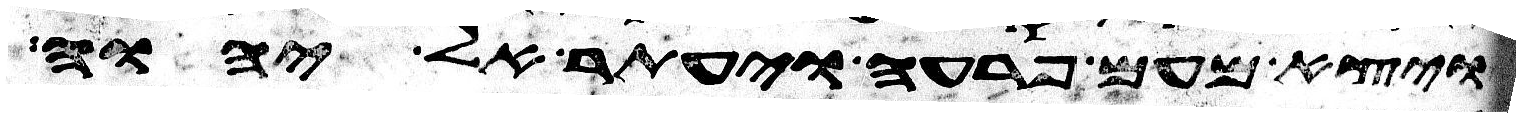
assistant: ויצא מעם פרעה ויעתר אל יהוה